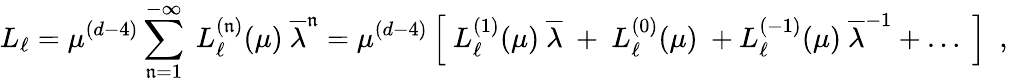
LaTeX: L_{\ell}=\mu^{(d-4)}\sum_{\mathfrak{n}=1}^{-\infty}\ L_{\ell}^{(\mathfrak{n})}(\mu)~{\overline{{{\lambda}}}}^{\mathfrak{n}}=\mu^{(d-4)}\left[~L_{\ell}^{(1)}(\mu)~{\overline{{{\lambda}}}}\ +\ L_{\ell}^{(0)}(\mu)\ +L_{\ell}^{(-1)}(\mu)~{\overline{{{\lambda}}}}^{-1}+\dots~\right]\ \ ,\,